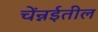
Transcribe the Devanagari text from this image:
चेंन्नईतील